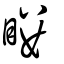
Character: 瞜